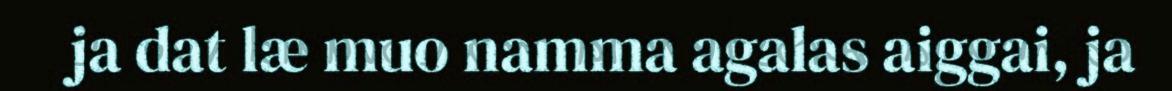
ja dat læ muo namma agalas aiggai, ja